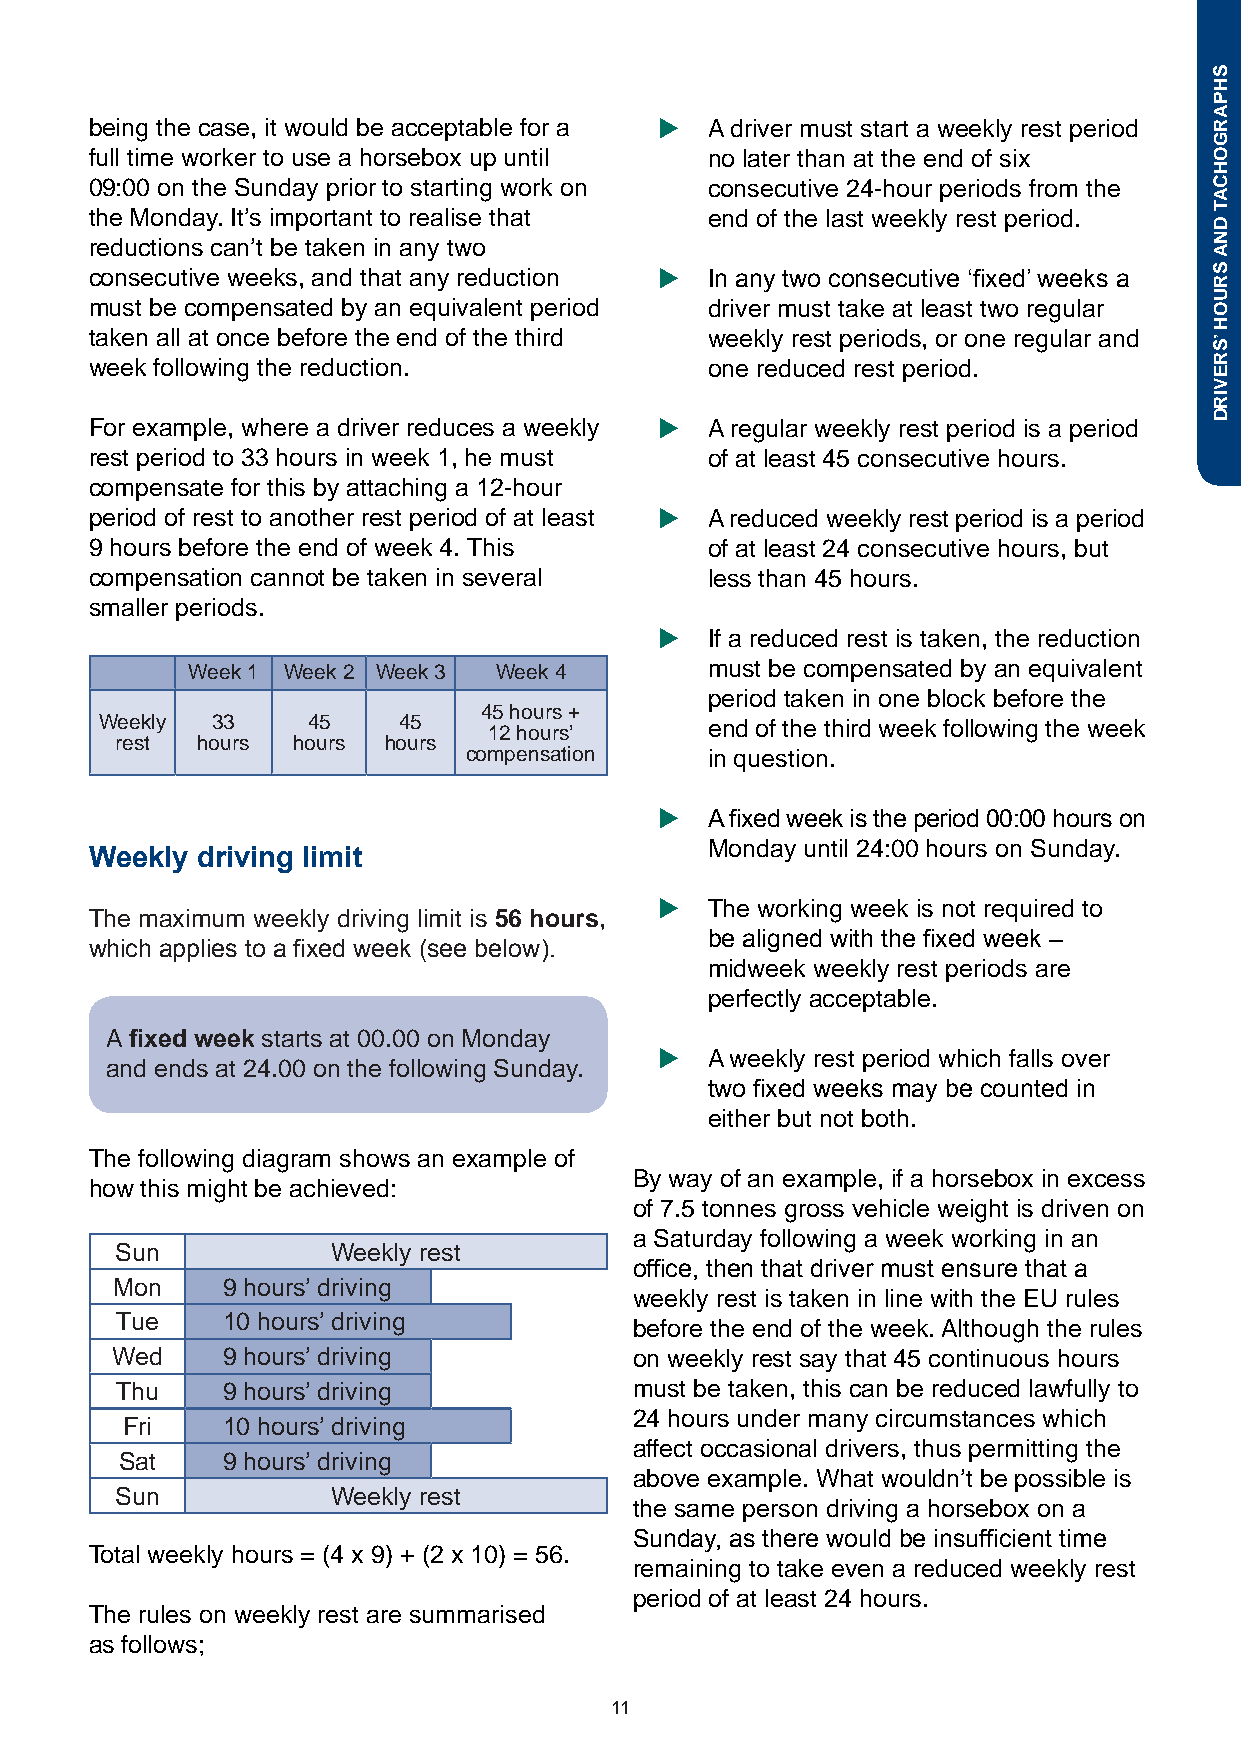
being the case, it would be acceptable for a u A driver must start a weekly rest period
 full time worker to use a horsebox up until no later than at the end of six
 09:00 on the Sunday prior to starting work on consecutive 24-hour periods from the
 the Monday. It’s important to realise that end of the last weekly rest period.
 reductions can’t be taken in any two
 consecutive weeks, and that any reduction u In any two consecutive ‘fixed’ weeks a
 must be compensated by an equivalent period driver must take at least two regular
 taken all at once before the end of the third weekly rest periods, or one regular and
 week following the reduction.            one reduced rest period.
 For example, where a driver reduces a weekly u A regular weekly rest period is a period
 rest period to 33 hours in week 1, he must of at least 45 consecutive hours.
 compensate for this by attaching a 12-hour
 period of rest to another rest period of at least u A reduced weekly rest period is a period
 9 hours before the end of week 4. This   of at least 24 consecutive hours, but
 compensation cannot be taken in several  less than 45 hours.
 smaller periods.
 u  If a reduced rest is taken, the reduction
 Week 1 Week 2 Week 3 Week 4        must be compensated by an equivalent
 period taken in one block before the
 45 hours +
 Weekly 33    45    45    12 hours’      end of the third week following the week
 rest hours hours hours
 compensation    in question.
 u  A fixed week is the period 00:00 hours on
 Monday until 24:00 hours on Sunday.
 Weekly driving limit
 u  The working week is not required to
 The maximum weekly driving limit is 56 hours,
 be aligned with the fixed week –
 which applies to a fixed week (see below).
 midweek weekly rest periods are
 perfectly acceptable.
 A fixed week starts at 00.00 on Monday
 u  A weekly rest period which falls over
 and ends at 24.00 on the following Sunday.
 two fixed weeks may be counted in
 either but not both.
 The following diagram shows an example of
 By way of an example, if a horsebox in excess
 how this might be achieved:
 of 7.5 tonnes gross vehicle weight is driven on
 a Saturday following a week working in an
 Sun           Weekly rest
 office, then that driver must ensure that a
 Mon     9 hours’ driving
 weekly rest is taken in line with the EU rules
 Tue    10 hours’ driving
 before the end of the week. Although the rules
 Wed     9 hours’ driving           on weekly rest say that 45 continuous hours
 Thu    9 hours’ driving           must be taken, this can be reduced lawfully to
 24 hours under many circumstances which
 Fri    10 hours’ driving
 affect occasional drivers, thus permitting the
 Sat    9 hours’ driving
 above example. What wouldn’t be possible is
 Sun           Weekly rest
 the same person driving a horsebox on a
 Sunday, as there would be insufficient time
 Total weekly hours = (4 x 9) + (2 x 10) = 56.
 remaining to take even a reduced weekly rest
 period of at least 24 hours.
 The rules on weekly rest are summarised
 as follows;
 11
 SHPARGOHCAT
 DNA
 SRUOH
 ’SREVIRD